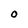
Character: O